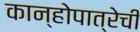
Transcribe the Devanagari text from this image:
कान्होपात्रेची